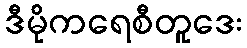
ဒီမိုကရေစီတူဒေး